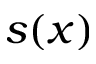
s ( x )